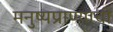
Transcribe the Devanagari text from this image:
मनुष्यप्राण्याची